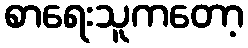
စာရေးသူကတော့